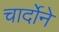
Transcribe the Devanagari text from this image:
चार्दोने